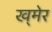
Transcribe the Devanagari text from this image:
ख्‌मेर